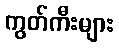
ကွတ်ကီးများ